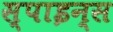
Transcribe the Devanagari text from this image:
स्पाइन्स